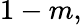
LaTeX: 1-m,